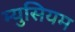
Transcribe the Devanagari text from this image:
म्युसियम